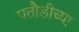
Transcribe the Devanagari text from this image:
पतौडीच्या